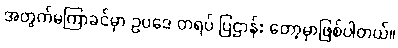
အတွက်မကြာခင်မှာ ဥပဒေ တရပ် ပြဌာန်း တော့မှာဖြစ်ပါတယ်။